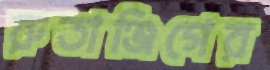
রুতাঞ্জিগের